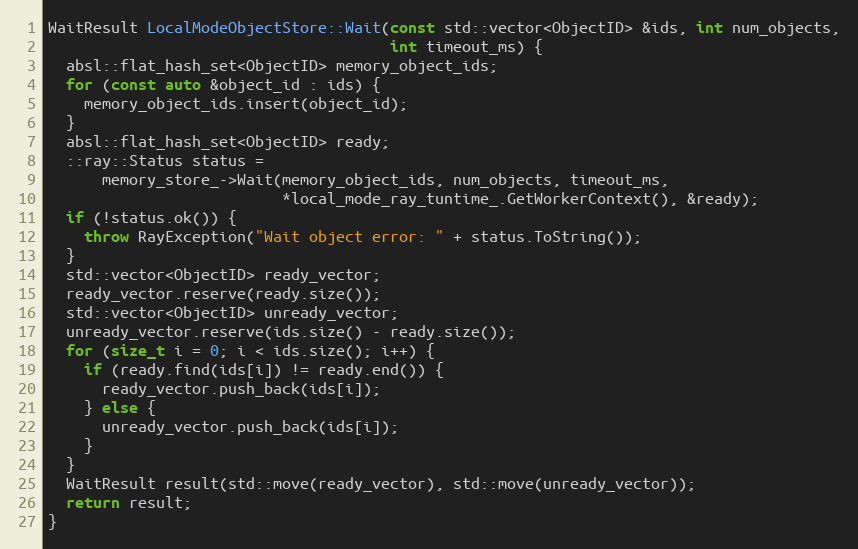
Language: C++
WaitResult LocalModeObjectStore::Wait(const std::vector<ObjectID> &ids, int num_objects,
                                      int timeout_ms) {
  absl::flat_hash_set<ObjectID> memory_object_ids;
  for (const auto &object_id : ids) {
    memory_object_ids.insert(object_id);
  }
  absl::flat_hash_set<ObjectID> ready;
  ::ray::Status status =
      memory_store_->Wait(memory_object_ids, num_objects, timeout_ms,
                          *local_mode_ray_tuntime_.GetWorkerContext(), &ready);
  if (!status.ok()) {
    throw RayException("Wait object error: " + status.ToString());
  }
  std::vector<ObjectID> ready_vector;
  ready_vector.reserve(ready.size());
  std::vector<ObjectID> unready_vector;
  unready_vector.reserve(ids.size() - ready.size());
  for (size_t i = 0; i < ids.size(); i++) {
    if (ready.find(ids[i]) != ready.end()) {
      ready_vector.push_back(ids[i]);
    } else {
      unready_vector.push_back(ids[i]);
    }
  }
  WaitResult result(std::move(ready_vector), std::move(unready_vector));
  return result;
}